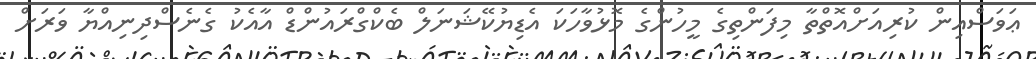
ޢަވަސްއިން ކުރިއަށްއޮތްތާ މިފަންތިގެ މީހުންގެ މޮޅުވާހަކަ އެޑިޔުކޭޝަނަލް ބެކްގްރައުންޑް އާއެކު ގެނެސްދިނިއްޔާ ވަރަށް